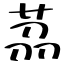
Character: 茘